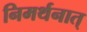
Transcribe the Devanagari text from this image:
निमर्थनात्